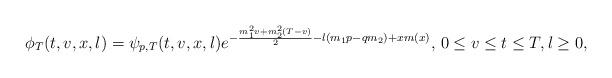
LaTeX: \begin{align*}\phi_{T}(t, v, x, l)=\psi_{p, T}(t, v, x, l)e^{-\frac{m_1^2v+m^2_2(T-v)}{2}-l\left(m_1p-qm_2\right)+xm(x)},\, 0\leq v\leq t\leq T, l\geq 0,\end{align*}